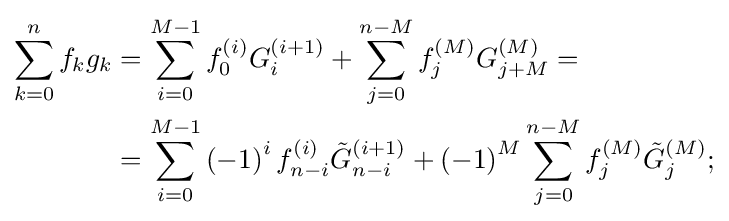
{\begin{aligned}\sum _{k=0}^{n}f_{k}g_{k}&=\sum _{i=0}^{M-1}f_{0}^{(i)}G_{i}^{(i+1)}+\sum _{j=0}^{n-M}f_{j}^{(M)}G_{j+M}^{(M)}=\\&=\sum _{i=0}^{M-1}\left(-1\right)^{i}f_{n-i}^{(i)}{\tilde {G}}_{n-i}^{(i+1)}+\left(-1\right)^{M}\sum _{j=0}^{n-M}f_{j}^{(M)}{\tilde {G}}_{j}^{(M)};\end{aligned}}